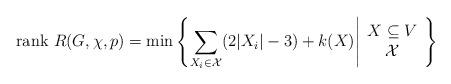
LaTeX: \begin{align*}{\rm rank}\ R(G,\chi,p)=\min\left\{ \sum_{X_i\in {\cal X}} (2|X_i|-3)+k(X) \Bigg|\begin{array}{cc}X\subseteq V \\ {\cal X} \end{array}\right\}\end{align*}